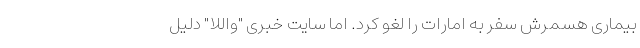
بیماری هسمرش سفر به امارات را لغو کرد. اما سایت خبری "واللا" دلیل